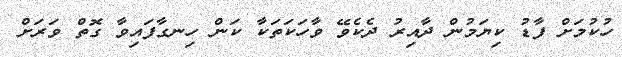
ހުކުމަށް ފާޑު ކިޔަމުން ދާއިރު ދެކެވޭ ވާހަކަތަކާ ކަން ހިނގާފައިވާ ގޮތް ވަރަށް